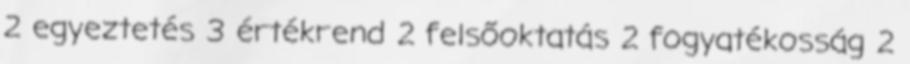
2 egyeztetés 3 értékrend 2 felsőoktatás 2 fogyatékosság 2